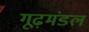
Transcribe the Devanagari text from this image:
गूढ़मंडल